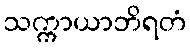
သက္ကာယာဘိရတံ